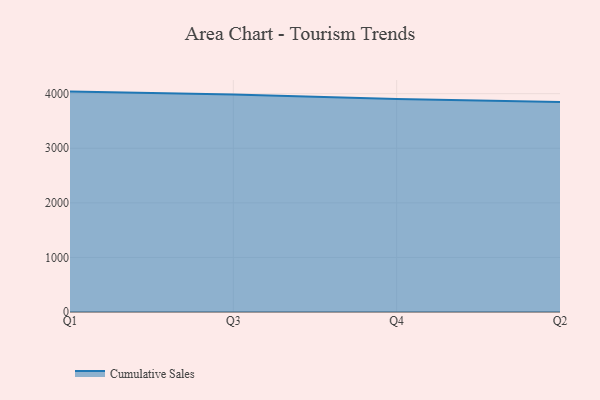
{"axis": {"x": "Quarter", "y": "Conversion Rate (%)"}, "legend": ["Cumulative Sales"], "data": [{"x": "Q1", "y": 4037.7, "type": "Cumulative Sales"}, {"x": "Q3", "y": 3986.1, "type": "Cumulative Sales"}, {"x": "Q4", "y": 3902.0, "type": "Cumulative Sales"}, {"x": "Q2", "y": 3848.7, "type": "Cumulative Sales"}]}